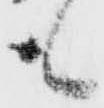
も